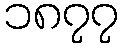
၁၈၇၇